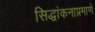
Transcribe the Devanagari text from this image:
सिद्धांकनाप्रमाणे